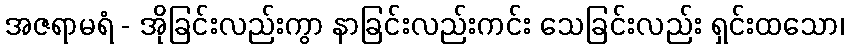
အဇရာမရံ - အိုခြင်းလည်းကွာ နာခြင်းလည်းကင်း သေခြင်းလည်း ရှင်းထသော၊